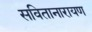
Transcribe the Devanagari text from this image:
सवितानारायण